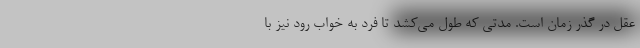
عقل در گذر زمان است. مدتی که طول می‌کشد تا فرد به خواب رود نیز با